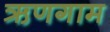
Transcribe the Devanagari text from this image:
ऋणगाम